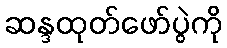
ဆန္ဒထုတ်ဖော်ပွဲကို